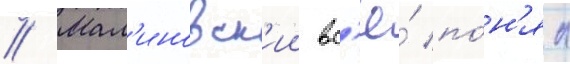
// Мал'иновск'ии вс'ё́ по́н'ял